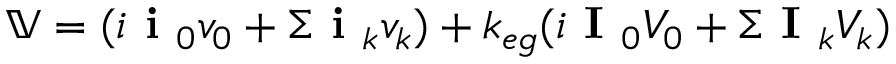
\mathbb { V } = ( i \textbf { i } _ { 0 } v _ { 0 } + \Sigma \textbf { i } _ { k } v _ { k } ) + k _ { e g } ( i \textbf { I } _ { 0 } V _ { 0 } + \Sigma \textbf { I } _ { k } V _ { k } )